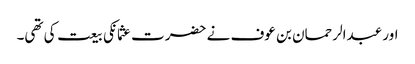
اور عبدالرحمان بن عوف نے حضرت عثمانکی بیعت کی تھی۔